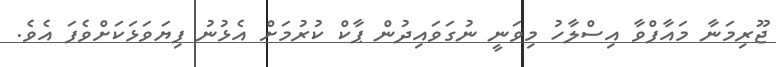
ޖޫރިމަނާ މައާފްވާ އިސްލާހު މިވަނީ ނުގަވައިދުން ޕާކް ކުރުމަށް އެޅުނު ފިޔަވަޅަކަށްވެފަ އެވެ.